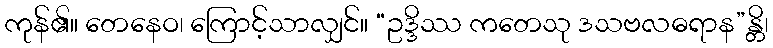
ကုန်၏။ တေနေဝ၊ ကြောင့်သာလျှင်။ “ဥဒ္ဒိဿ ကတေသု ဒသဗလဓရာန”န္တိ၊